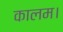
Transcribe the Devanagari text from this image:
कालम।